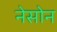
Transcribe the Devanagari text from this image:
नेसोन